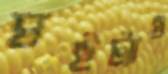
ঘইট্যাও